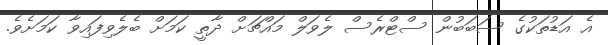
އެ އަޑުތަކުގެ ސަބަބުން ސްޓްރެސް ލެވަލް މައްޗަށް ދާތީ ކަމަށް ބެލެވިފައިވާ ކަމަށެވެ.